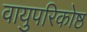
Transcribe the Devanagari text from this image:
वायुपरिकोष्ठ